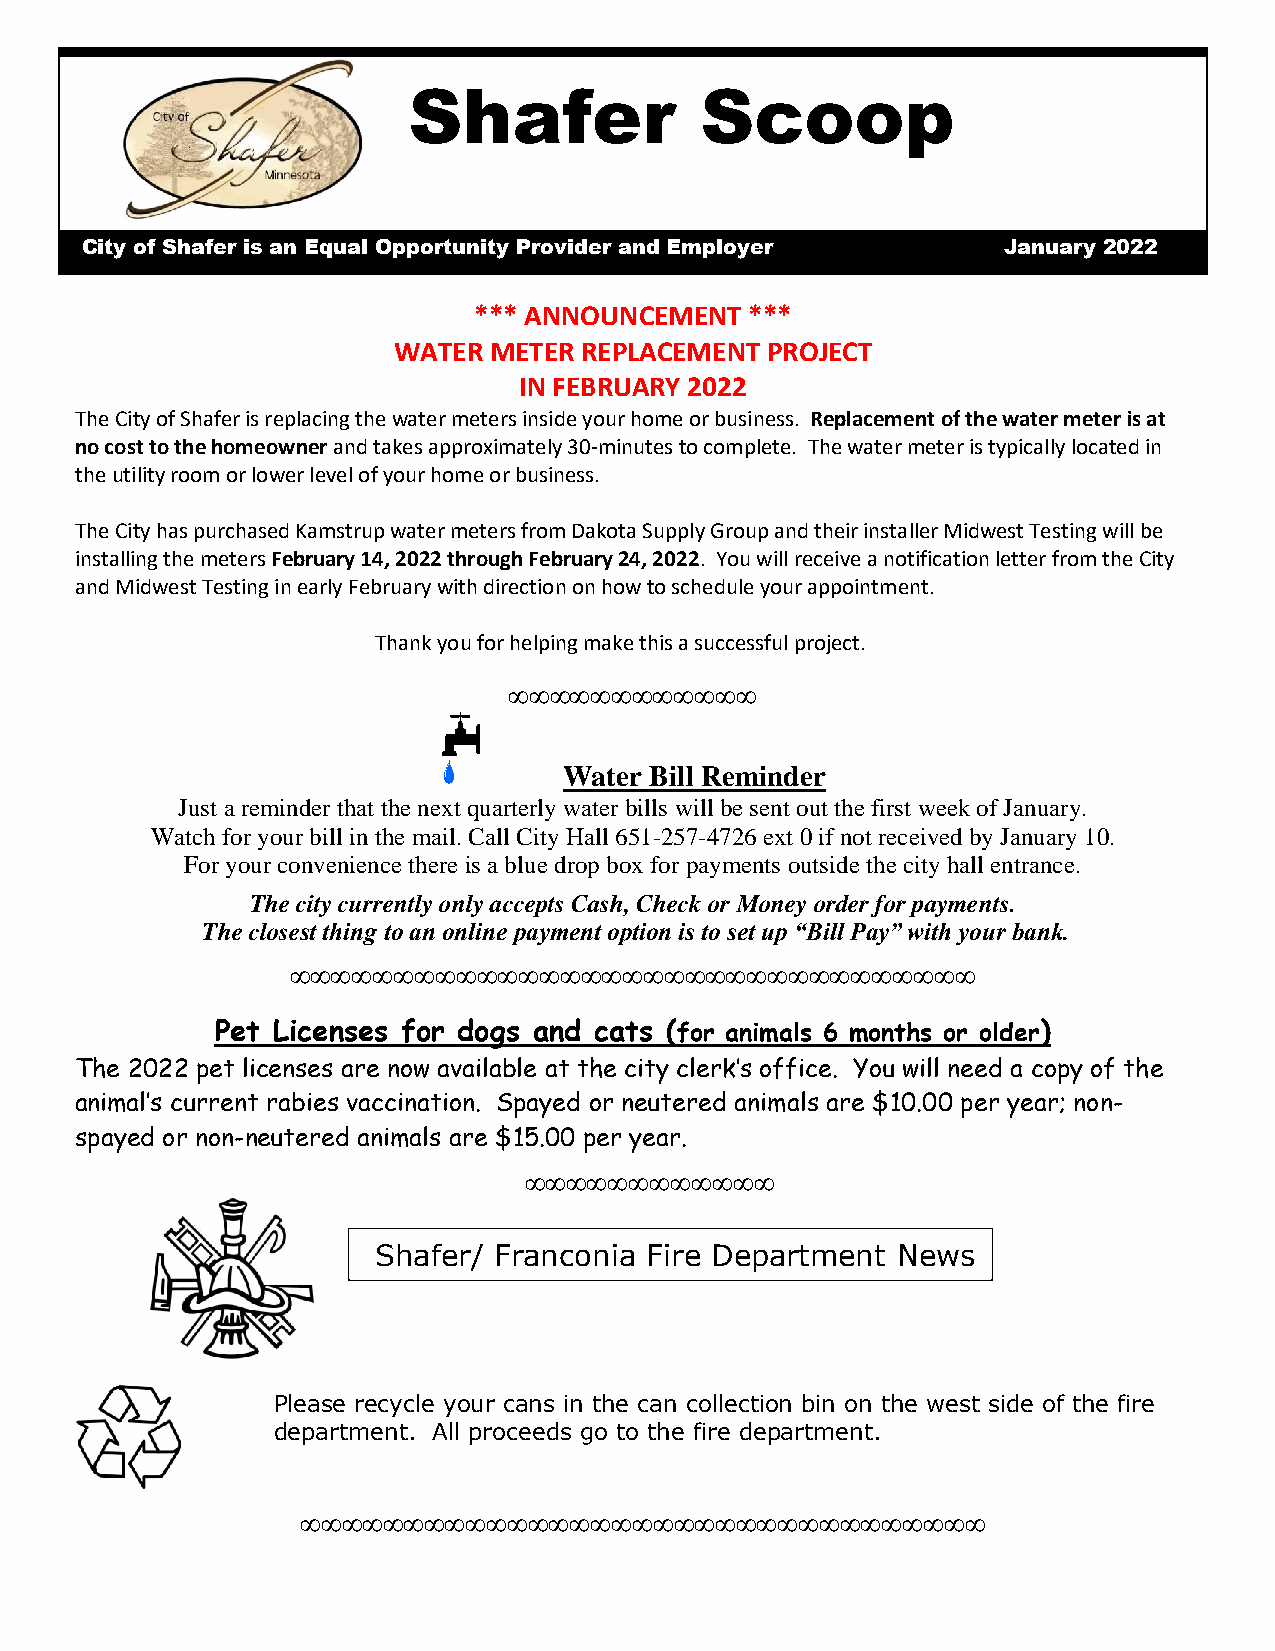
Shafer             Scoop
 City of Shafer is an Equal Opportunity Provider and Employer January 2022
 *** ANNOUNCEMENT   ***
 WATER METER REPLACEMENT  PROJECT
 IN FEBRUARY 2022
 The City of Shafer is replacing the water meters inside your home or business. Replacement of the water meter is at
 no cost to the homeowner and takes approximately 30-minutes to complete. The water meter is typically located in
 the utility room or lower level of your home or business.
 The City has purchased Kamstrup water meters from Dakota Supply Group and their installer Midwest Testing will be
 installing the meters February 14, 2022 through February 24, 2022. You will receive a notification letter from the City
 and Midwest Testing in early February with direction on how to schedule your appointment.
 Thank you for helping make this a successful project.
 ∞∞∞∞∞∞∞∞∞∞∞∞
 Water Bill Reminder
 Just a reminder that the next quarterly water bills will be sent out the first week of January.
 Watch for your bill in the mail. Call City Hall 651-257-4726 ext 0 if not received by January 10.
 For your convenience there is a blue drop box for payments outside the city hall entrance.
 The city currently only accepts Cash, Check or Money order for payments.
 The closest thing to an online payment option is to set up “Bill Pay” with your bank.
 ∞∞∞∞∞∞∞∞∞∞∞∞∞∞∞∞∞∞∞∞∞∞∞∞∞∞∞∞∞∞∞∞∞
 Pet Licenses for dogs and cats (for animals 6 months or older)
 The 2022 pet licenses are now available at the city clerk’s office. You will need a copy of the
 animal’s current rabies vaccination. Spayed or neutered animals are $10.00 per year; non-
 spayed or non-neutered animals are $15.00 per year.
 ∞∞∞∞∞∞∞∞∞∞∞∞
 Shafer/ Franconia Fire Department News
 Please recycle your cans in the can collection bin on the west side of the fire
 department. All proceeds go to the fire department.
 ∞∞∞∞∞∞∞∞∞∞∞∞∞∞∞∞∞∞∞∞∞∞∞∞∞∞∞∞∞∞∞∞∞